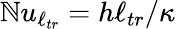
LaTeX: \mathbb{N}u_{\ell_{tr}}=h\ell_{tr}/\kappa